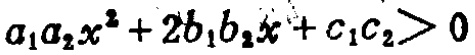
\(a_{1}a_{2}x^{2}+2b_{1}b_{2}x + c_{1}c_{2}>0\)